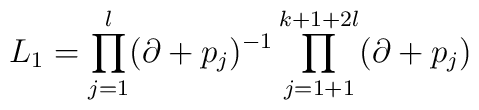
L_1=\prod_{j=1}^l(\partial+p_j)^{-1}\prod_{j=1+1}^{k+1+2l}(\partial +p_j)